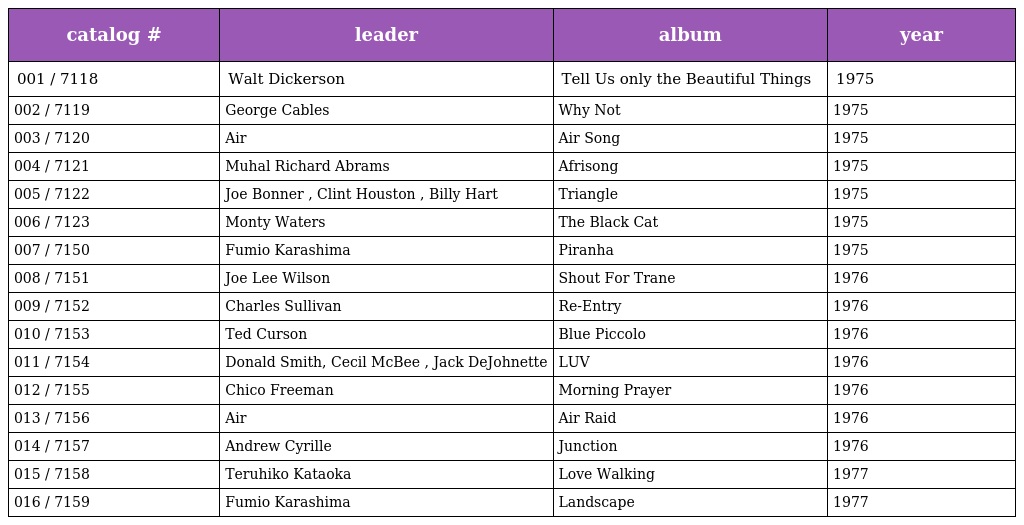
| catalog # | leader | album | year |
 | --- | --- | --- | --- |
 | 001 / 7118 | Walt Dickerson | Tell Us only the Beautiful Things | 1975 |
 | 002 / 7119 | George Cables | Why Not | 1975 |
 | 003 / 7120 | Air | Air Song | 1975 |
 | 004 / 7121 | Muhal Richard Abrams | Afrisong | 1975 |
 | 005 / 7122 | Joe Bonner , Clint Houston , Billy Hart | Triangle | 1975 |
 | 006 / 7123 | Monty Waters | The Black Cat | 1975 |
 | 007 / 7150 | Fumio Karashima | Piranha | 1975 |
 | 008 / 7151 | Joe Lee Wilson | Shout For Trane | 1976 |
 | 009 / 7152 | Charles Sullivan | Re-Entry | 1976 |
 | 010 / 7153 | Ted Curson | Blue Piccolo | 1976 |
 | 011 / 7154 | Donald Smith, Cecil McBee , Jack DeJohnette | LUV | 1976 |
 | 012 / 7155 | Chico Freeman | Morning Prayer | 1976 |
 | 013 / 7156 | Air | Air Raid | 1976 |
 | 014 / 7157 | Andrew Cyrille | Junction | 1976 |
 | 015 / 7158 | Teruhiko Kataoka | Love Walking | 1977 |
 | 016 / 7159 | Fumio Karashima | Landscape | 1977 |